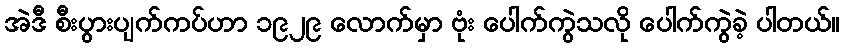
အဲဒီ စီးပွားပျက်ကပ်ဟာ ၁၉၂၉ လောက်မှာ ဗုံး ပေါက်ကွဲသလို ပေါက်ကွဲခဲ့ ပါတယ်။